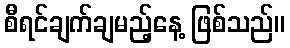
စီရင်ချက်ချမည့်နေ့ ဖြစ်သည်။